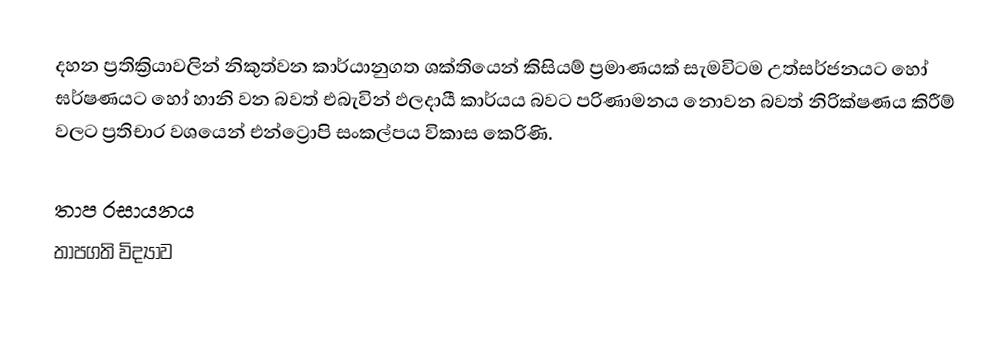
දහන ප්‍රතික්‍රියාවලින් නිකුත්වන කාර්යානුගත ශක්තියෙන් කිසියම් ප්‍රමාණයක් සැමවිටම උත්සර්ජනයට හෝ ඝර්ෂණයට හෝ හානි වන බවත් එබැවින් ඵලදායී කාර්යය බවට පරිණාමනය නොවන බවත් නිරික්ෂණය කිරීම් වලට ප්‍රතිචාර වශයෙන් එන්ට්‍රොපි  සංකල්පය විකාස කෙරිණි.

තාප රසායනය
තාපගති විද්‍යාව